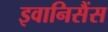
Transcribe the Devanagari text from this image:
इवानिसैंस